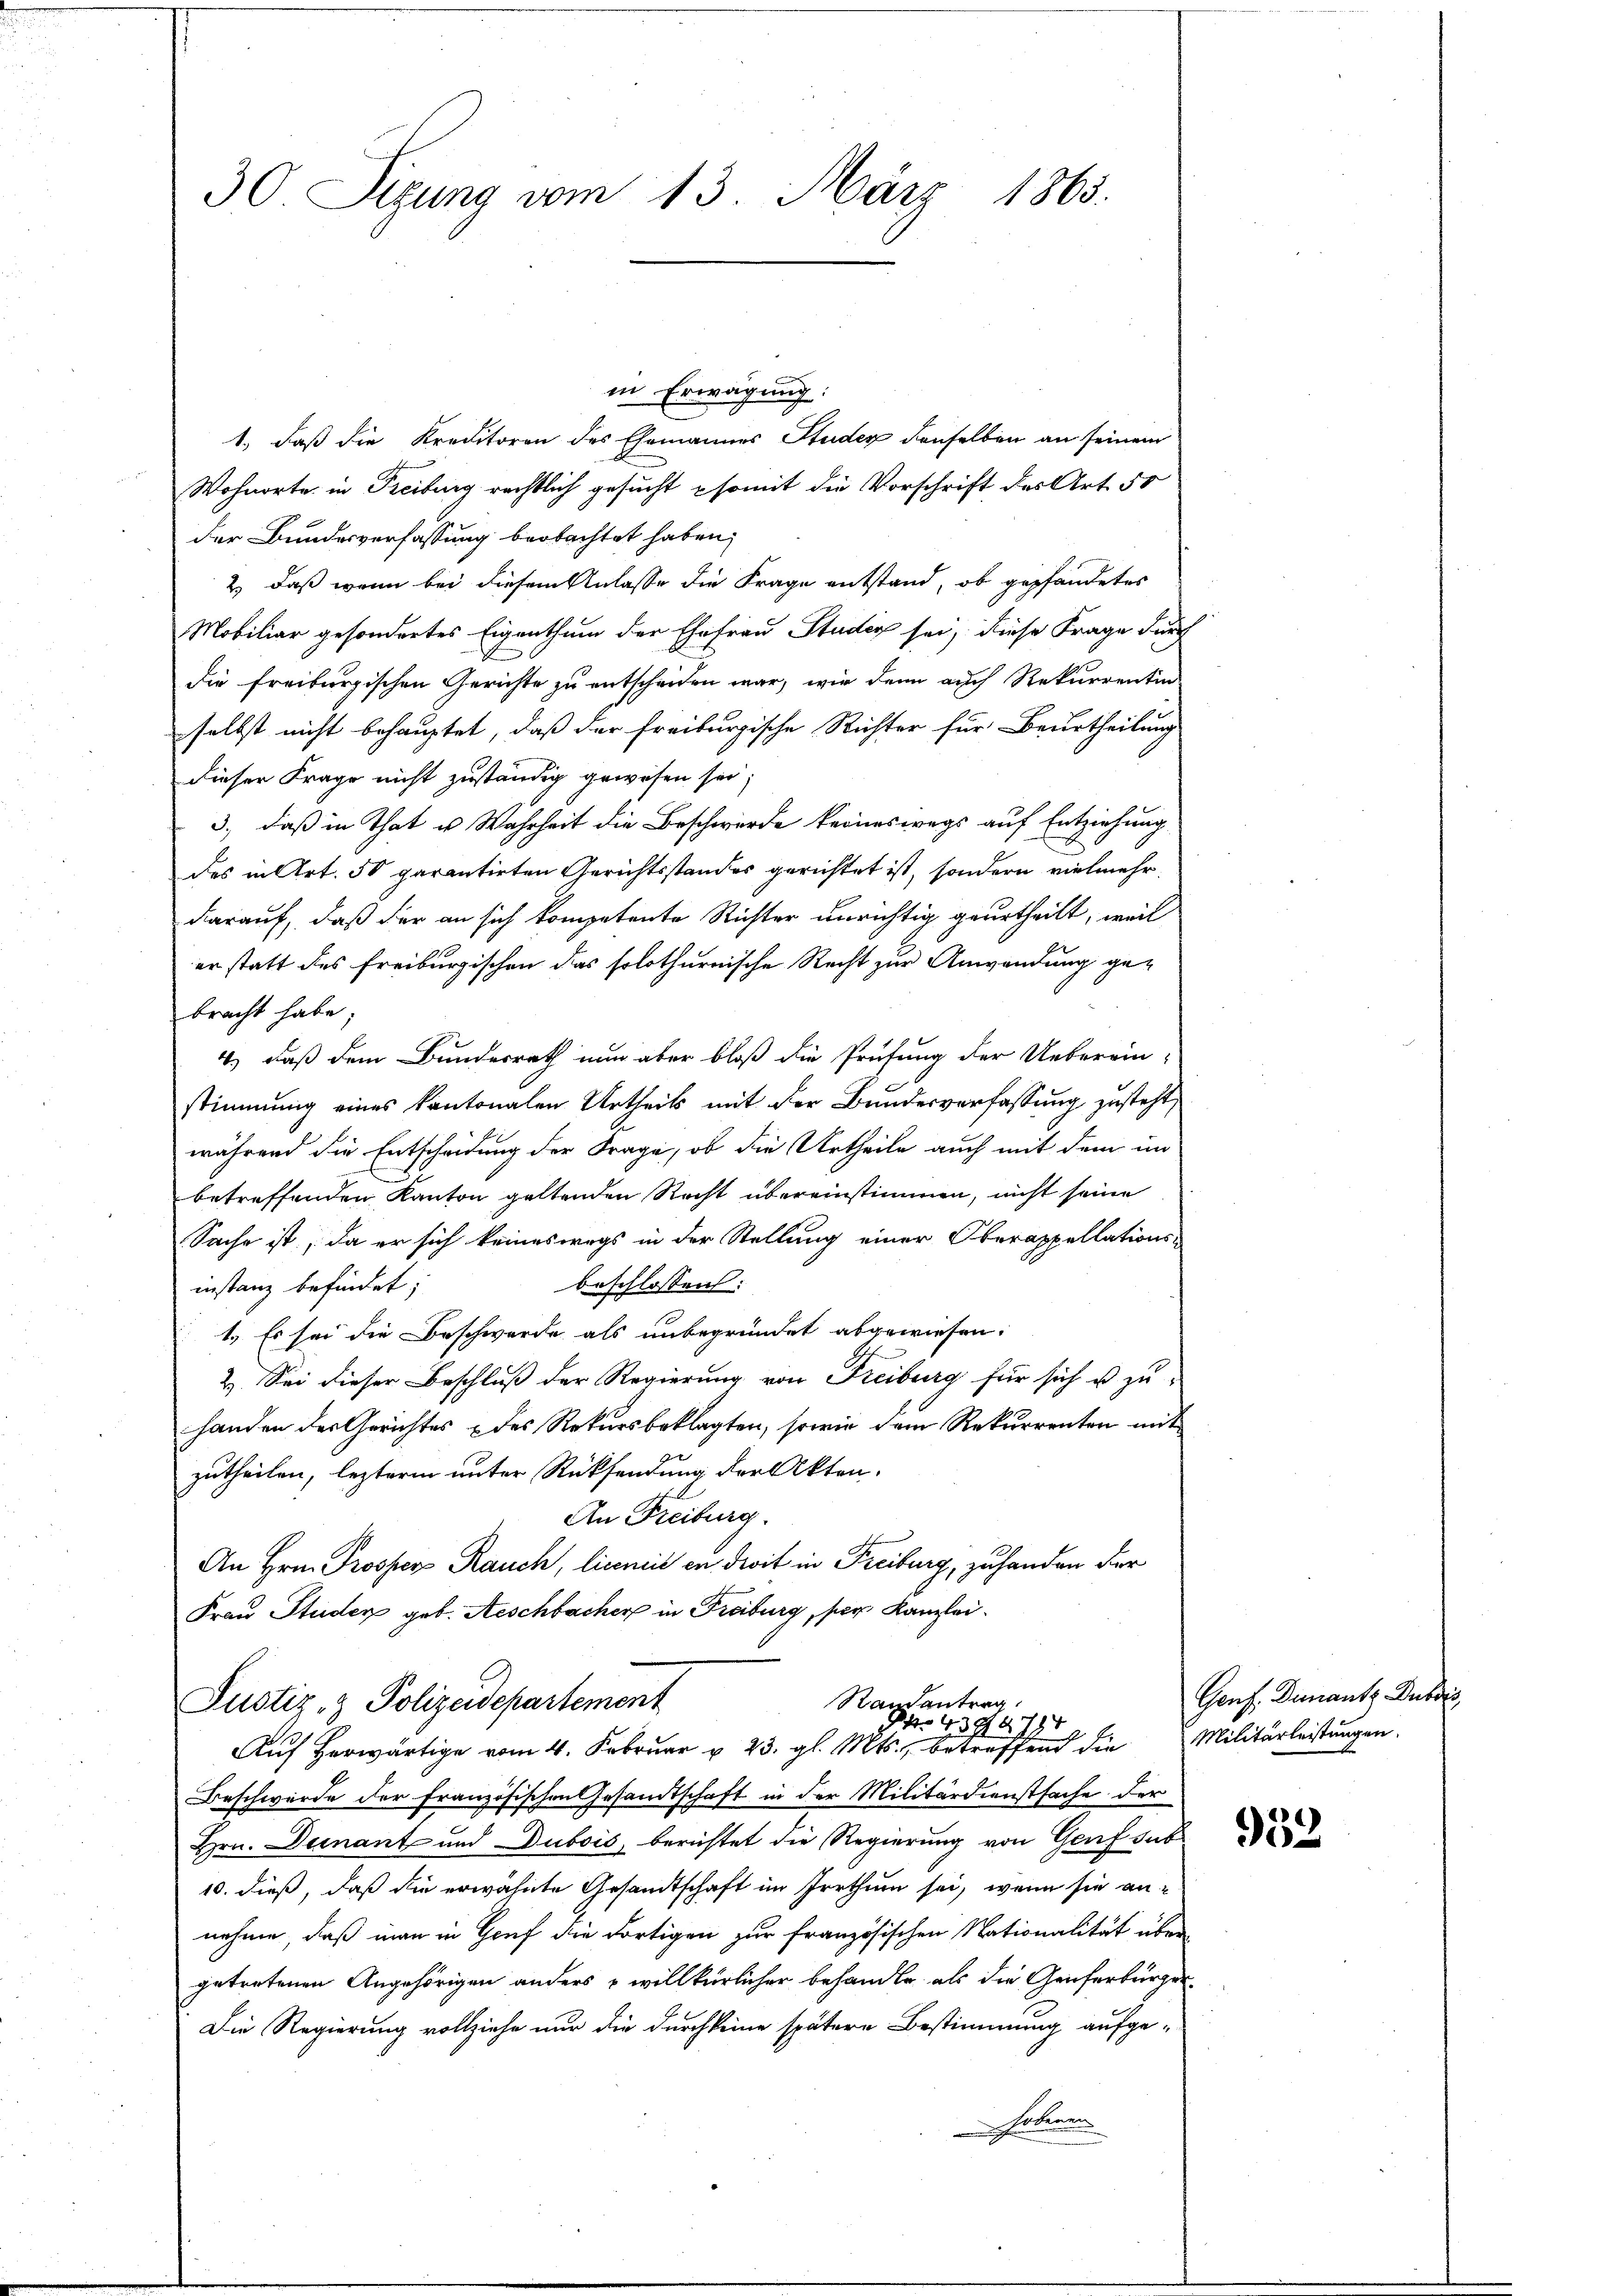
30 Sizung vom 13. März 1865.

in Erwägung:
1., daß die Kreditoren des Ehemannes Studer denselben an seinem
Wohnorte in Freiburg rechtlich gesucht somit die Vorschrift des Art. 50
der Bundesverfassung beobachtet haben,
2.) daß wenn bei diesem Anlasse die Frage entstand, ob gepfandetes
Mobiliar gesondertes Eigenthum der Ehefrau Studen sei, diese Frage durch
die freiburgischen Gerichte zu entscheiden war, wir denn auch Rekurrentin
selbst nicht behauptet, daß der Freiburgische Richter für Beurtheilung
dieser Frage nicht zuständig gewesen sei;
3., daß in That u. Wahrheit die Beschwerde keineswegs auf Entziehung
des in Art. 50 parentirten Gerichtsstandes gerichtet ist, sondern vielmehr.
darauf, daß der an sich kompetente Richter unrichtig geurtheilt, weil
er statt des Freiburgischen das solothurnische Recht zur Anwendung ge-
bracht habe;
4.) daß dem Bunderrath nun aber bloß die Prüfung der Ueberein-
stimmung eines kantonalen Urtheils mit der Bundesverfassung zusteht,
während die Entscheidung der Frage, ob die Urtheile auch mit dem im
betreffenden Kanton geltenden Recht übereinstimmen, nicht seine
Sache ist, da er sich keineswegs in der Stellung einer Oberappellations-
beschlossen:
instanz befindet;
1.) Es sei die Beschwerde als unbegründet abgewiesen.
2. Sei dieser Beschluß der Regierung von Freiburg für sich u zuhanden der Gerichtes & des Rekursbeklagten, sowie dem Rekurrenten mit
zutheilen, lezteren unter Rücksendung der Akten.
An Freiburg.
An Hrn. Prosperg Rauch, licencit in droit in Freiburg, zu handen der
Frau Studer geb. Aeschbacher in Freiburg, sar Kanzlei¬

Beschwerde der französischen Gesandtschaft in der Militärdienstsache der
Hrn. Dernant und Dubois, berichtet die Regierung von Genf sub
10. dieß, daß die erwähnte Gesandtschaft im Irrthum sei, wenn sie annehme, daß man in Genf die dortigen zur französischen Nationalität über
getretenen Angehörigen anders willkürlicher behandler als die Genferbürger¬
Die Regierung vollziehe nur die durch keine spätere Bestimmung aufge¬
Fonderen

Randantrag
Justiz- & Polizeidepartement
Art. 43987.
794
Auf herwärtige vom 4. Februar u. 23. gl. Mts., betreffend die Militärleistungen.

Genf. Dumantz Dubois

932.